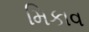
મિકાવ